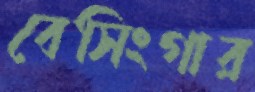
বেসিংগার